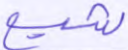
شيع